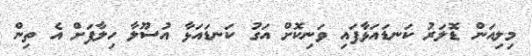
މިލިއަން ޑޮލަރު ކަނޑައަޅާފައި ވަނިކޮށް އަގު ކަނޑައަޅާ އުސޫލާ ހިލާފަށް އެ ތިން